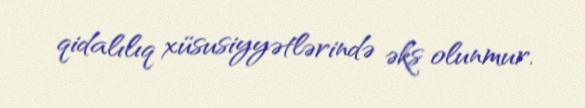
qidalılıq xüsusiyyətlərində əks olunmur.